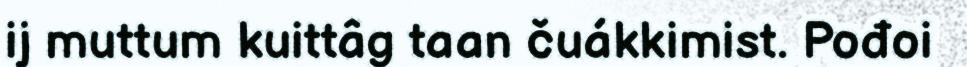
ij muttum kuittâg taan čuákkimist. Pođoi